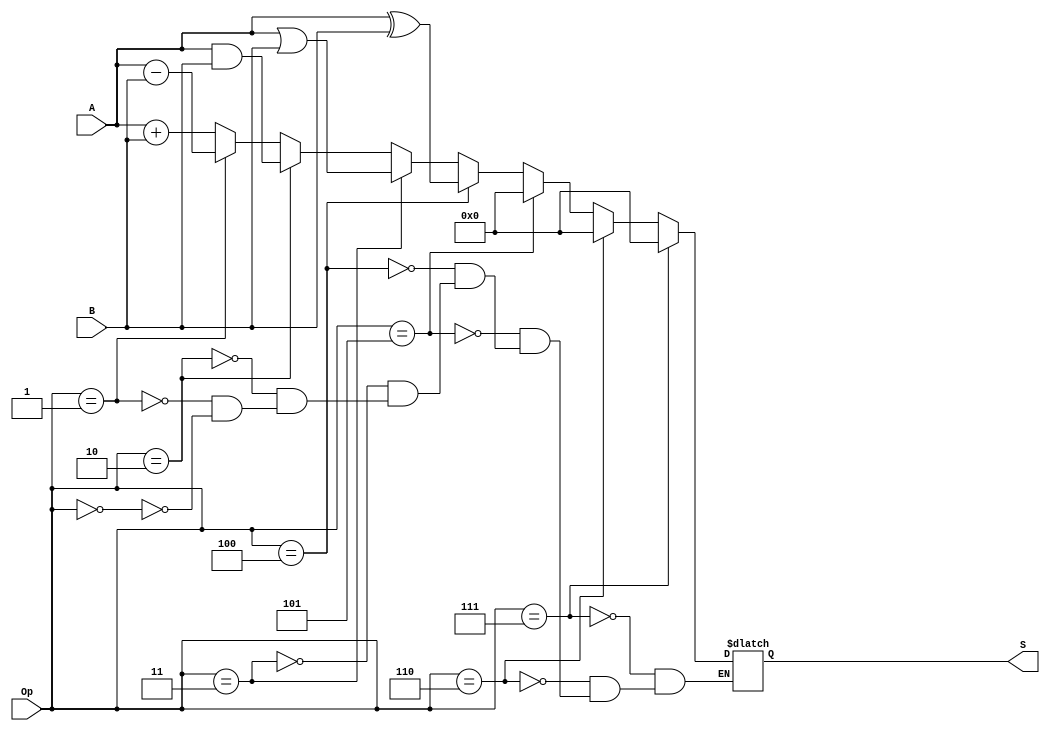
module ula(
	input [2:0] Op,
	input [15:0] A,
	input [15:0] B,
	output wire [15:0] S
);
	always@(*) begin
		if(Op == 3'b000) begin
			S = A+B;
		end
		if(Op == 3'b001) begin
			S = A-B;
		end
		if(Op == 3'b010) begin
			S = A&B;
		end
		if(Op == 3'b011) begin
			S = A|B;
		end
		if(Op == 3'b100) begin
			S = A^B;
		end
		if (Op == 3'b101) begin
			S = 16'b0;
		end
		if (Op == 3'b110) begin
			S = 16'b0;
		end
		if (Op == 3'b111) begin
			S = 16'b0;
		end
	end
endmodule